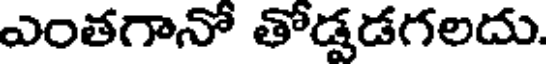
ఎంతగానో తోడడగలదు.